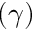
( \gamma )